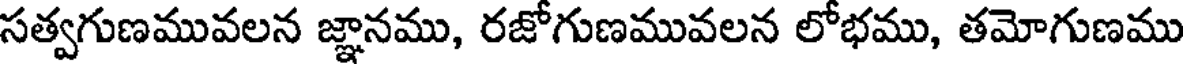
సత్వగుణమువలన జ్ఞానము, రజోగుణమువలన లోభము, తమోగుణము